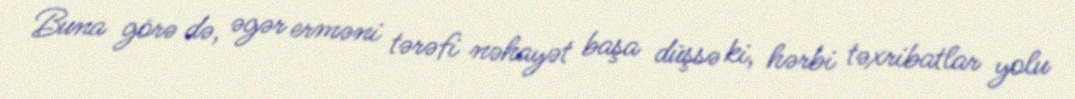
Buna görə də, əgər erməni tərəfi nəhayət başa düşsə ki, hərbi təxribatlar yolu